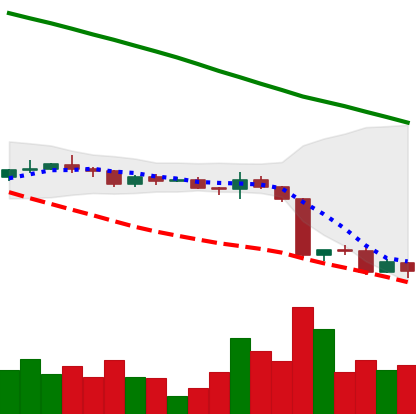
Ticker: ADA-USD
Chart end date: 2022-12-21
Forward return: 4.797%
Label: up_3_5